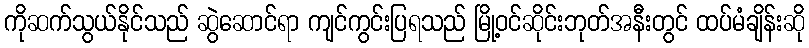
ကိုဆက်သွယ်နိုင်သည် ဆွဲဆောင်ရာ ကျင်ကွင်းပြရသည် မြို့ဝင်ဆိုင်းဘုတ်အနီးတွင် ထပ်မံချိန်းဆို